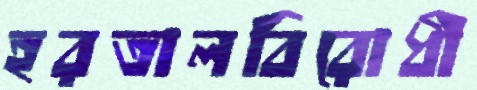
হরতালবিরোধী